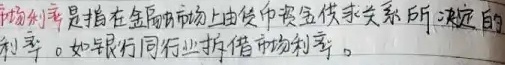
市场利率是指在金融市场上由货币资金供求关系所决定的利率。如银行同业拆借市场利率。